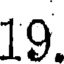
19.